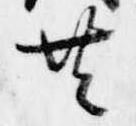
共